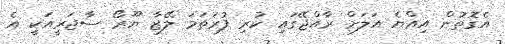
އެގޮތުން އިއްޔެ އަލަށް ރާއްޖޭގައި ކުރި ފުރަތަމަ ލޭޒާ ޔޫރޯ ސާޖަރީއަކީ އެ